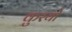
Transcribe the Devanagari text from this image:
कुरयो